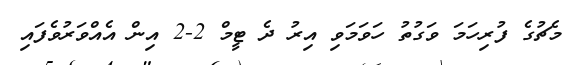
މެޗުގެ ފުރިހަމަ ވަގުތު ހަވަމަވި އިރު ދެ ޓީމް 2-2 އިން އެއްވަރުވެފައި